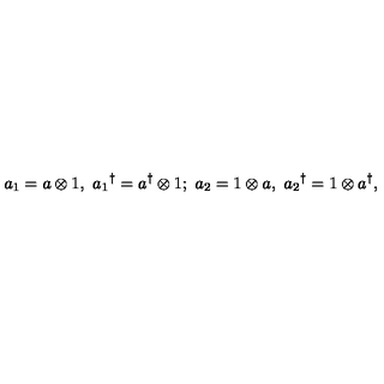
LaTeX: a _ { 1 } = a \otimes 1 , \ { a _ { 1 } } ^ { \dagger } = a ^ { \dagger } \otimes 1 ; \ a _ { 2 } = 1 \otimes a , \ { a _ { 2 } } ^ { \dagger } = 1 \otimes a ^ { \dagger } ,